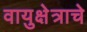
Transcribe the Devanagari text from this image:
वायुक्षेत्राचे